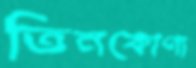
তিনকোণা